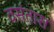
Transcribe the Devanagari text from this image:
वसंतास